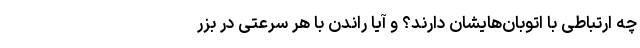
چه ارتباطی با اتوبان‌هایشان دارند؟ و آیا راندن با هر سرعتی در بزر